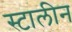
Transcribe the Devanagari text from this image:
स्टालीन